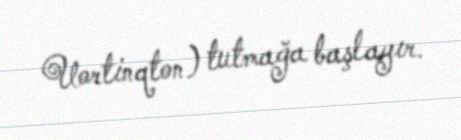
Uortinqton) tutmağa başlayır.